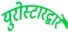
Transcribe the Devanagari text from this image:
युरोस्टारद्वारे